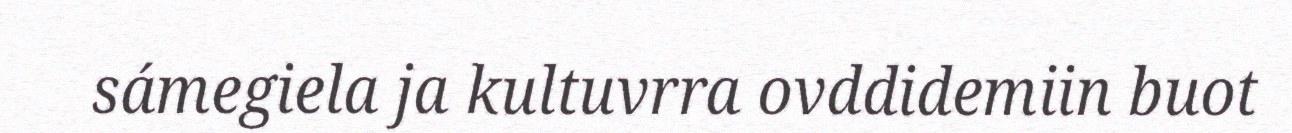
sámegiela ja kultuvrra ovddidemiin buot